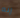
إنه